Annual vaccination report of Bihar and Orissa - 1911-1928
Year: 1911
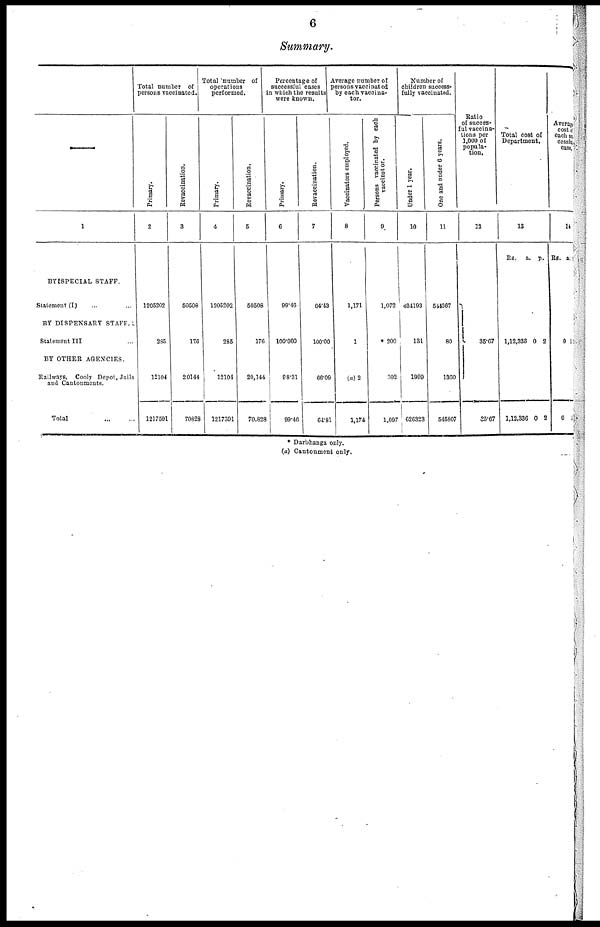
6
Summary.
1
BY SPECIAL STAFF.
Statement (I) ... ...
BY DISPENSARY STAFF.
Statement III ...
BY OTHER AGENCIES.
Railways, Cooly Depot, Jails
and Cantonments.
Total
...
...
Total number of
persons vaccinated.
Primary.
2
1205202
285
12104
1217591
Revaccination.
3
50508
176
20144
70828
Total number of
operations
performed.
Primary.
4
1205202
285
12104
1217591
Revaccination.
5
50508
176
20,144
70,828
Percentage of
successful cases
in which the results
were known.
Primary.
6
99.46
100.000
88.31
99.46
Revaccination.
7
64.43
100.00
66.09
64.81
Average number of
persons vaccinated
by each vaccina-
tor.
Vaccinators employed.
8
1,171
1
(a) 2
1,174
Persons vaccinated by each
vaccinator.
9
1,072
* 200
302
1,097
Number of
children success-
fully vaccinated.
Under 1 year.
10
624193
131
1999
626323
One and under 6 years.
11
544367
80
1360
545807
Ratio
of succes-
ful vaccina-
tions per
1,000 of
popula-
tion.
12
35.67
85.67
Total cost of
Department.
13
Rs. a. p.
1,12,333
1,12,336
6
0
2
2
Average
cost of
each suc-
cessful
case.
14
Rs. a.
0
0
11
1
* Darbhanga only.
(a) Cantonment only.